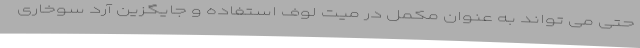
حتی می تواند به عنوان مکمل در میت لوف استفاده و جایگزین آرد سوخاری